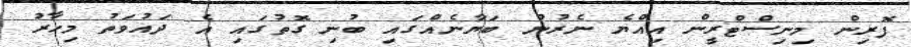
ފޮރިން މިނިސްޓްރީން އިއްޔެ ނެރުނު ބަޔާނެއްގައި ބުނި ގޮތުގައި އެ ދައުވަތު މިހާރު